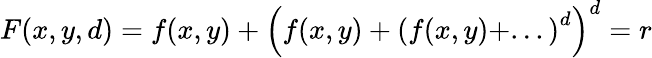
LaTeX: F(x,y,d)=f(x,y)+\left(f(x,y)+\left(f(x,y)+...\right)^{d}\right)^{d}=r